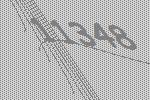
11348